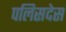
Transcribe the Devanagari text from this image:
पलिसदेस